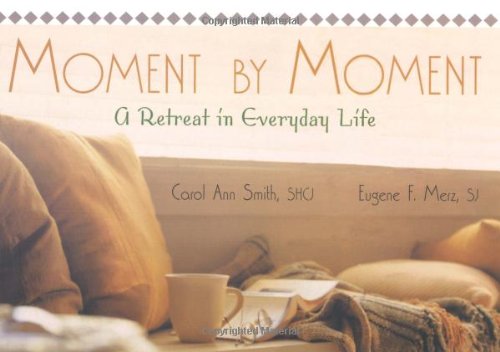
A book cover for Moment by Moment: A Retreat in Everyday Life; Carol Ann Smith; Christian Books & Bibles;